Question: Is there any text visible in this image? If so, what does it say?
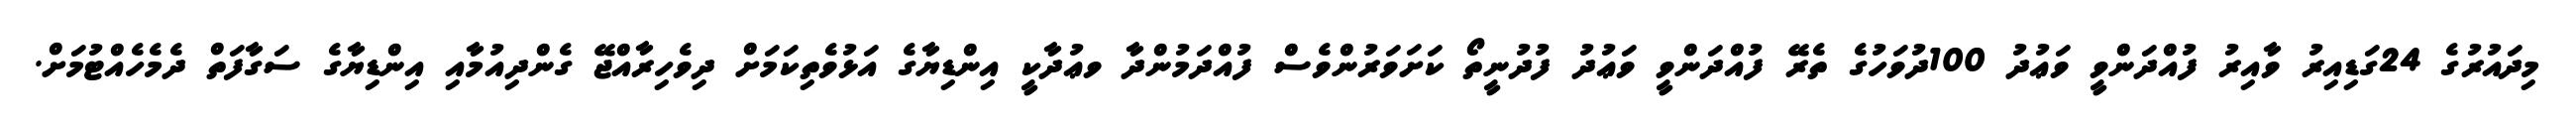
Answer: މިދައުރުގެ 24ގަޑިއިރު ވާއިރު ފުއްދަންވީ ވަޢުދު 100ދުވަހުގެ ތެރޭ ފުއްދަންވީ ވަޢުދު ފުދުނީތޯ ކަށަވަރުންވެސް ފުއްދަމުންދާ ވޢުދާކީ އިންޑިޔާގެ އަޅުވެތިކަމަށް ދިވެހިރާއްޖޭ ގެންދިއުމާއި އިންޑިޔާގެ ސަގާފަތް ދެމެހެއްޓުމަށް.